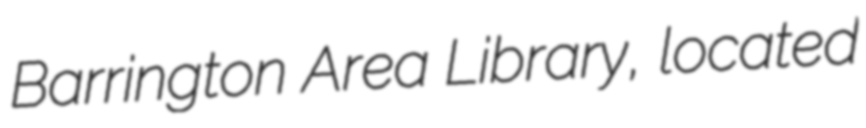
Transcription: Barrington Area Library, located